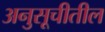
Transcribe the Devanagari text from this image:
अनुसूचीतील